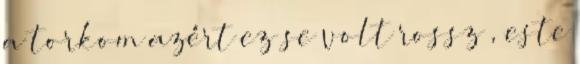
a torkom azért ez se volt rossz , este